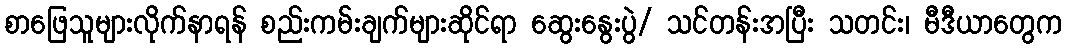
စာဖြေသူများလိုက်နာရန် စည်းကမ်းချက်များဆိုင်ရာ ဆွေးနွေးပွဲ/ သင်တန်းအပြီး သတင်း၊ မီဒီယာတွေက